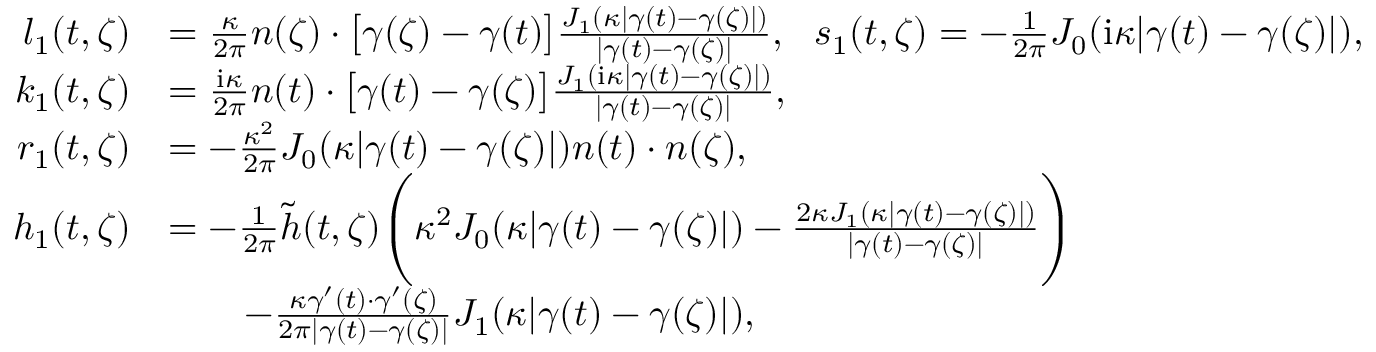
\begin{array} { r l } { l _ { 1 } ( t , \zeta ) } & { = \frac { \kappa } { 2 \pi } n ( \zeta ) \cdot \big [ \gamma ( \zeta ) - \gamma ( t ) \big ] \frac { J _ { 1 } ( \kappa | \gamma ( t ) - \gamma ( \zeta ) | ) } { | \gamma ( t ) - \gamma ( \zeta ) | } , ~ ~ s _ { 1 } ( t , \zeta ) = - \frac { 1 } { 2 \pi } J _ { 0 } ( \mathrm { i } \kappa | \gamma ( t ) - \gamma ( \zeta ) | ) , } \\ { k _ { 1 } ( t , \zeta ) } & { = \frac { \mathrm { i } \kappa } { 2 \pi } n ( t ) \cdot \big [ \gamma ( t ) - \gamma ( \zeta ) \big ] \frac { J _ { 1 } ( \mathrm { i } \kappa | \gamma ( t ) - \gamma ( \zeta ) | ) } { | \gamma ( t ) - \gamma ( \zeta ) | } , } \\ { r _ { 1 } ( t , \zeta ) } & { = - \frac { \kappa ^ { 2 } } { 2 \pi } J _ { 0 } ( \kappa | \gamma ( t ) - \gamma ( \zeta ) | ) n ( t ) \cdot n ( \zeta ) , } \\ { h _ { 1 } ( t , \zeta ) } & { = - \frac { 1 } { 2 \pi } \tilde { h } ( t , \zeta ) \Bigg ( \kappa ^ { 2 } J _ { 0 } ( \kappa | \gamma ( t ) - \gamma ( \zeta ) | ) - \frac { 2 \kappa J _ { 1 } ( \kappa | \gamma ( t ) - \gamma ( \zeta ) | ) } { | \gamma ( t ) - \gamma ( \zeta ) | } \Bigg ) } \\ & { \qquad - \frac { \kappa \gamma ^ { \prime } ( t ) \cdot \gamma ^ { \prime } ( \zeta ) } { 2 \pi | \gamma ( t ) - \gamma ( \zeta ) | } J _ { 1 } ( \kappa | \gamma ( t ) - \gamma ( \zeta ) | ) , } \end{array}